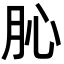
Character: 𦙦